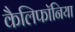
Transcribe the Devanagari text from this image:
कैलिफॉनिया